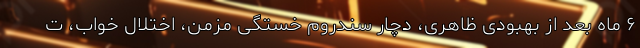
۶ ماه بعد از بهبودی ظاهری، دچار سندروم خستگی مزمن، اختلال خواب، ت